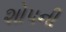
શોપની